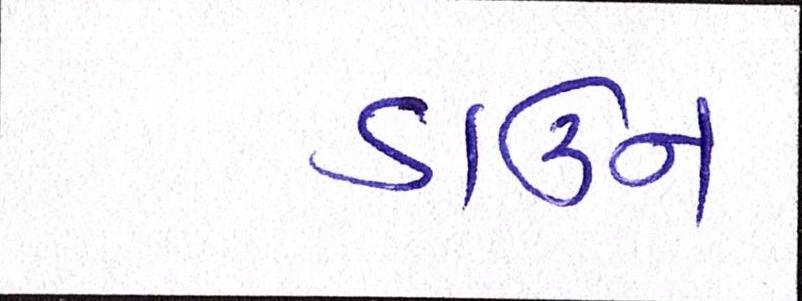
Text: ડાઉન